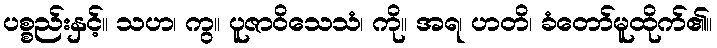
ပစ္စည်းနှင့်။ သဟ၊ ကွ။ ပူဇာဝိသေသံ၊ ကို။ အရ၊ ဟတိ၊ ခံတော်မူထိုက်၏။